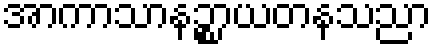
အာကာသာနဉ္စာယတနသညာ